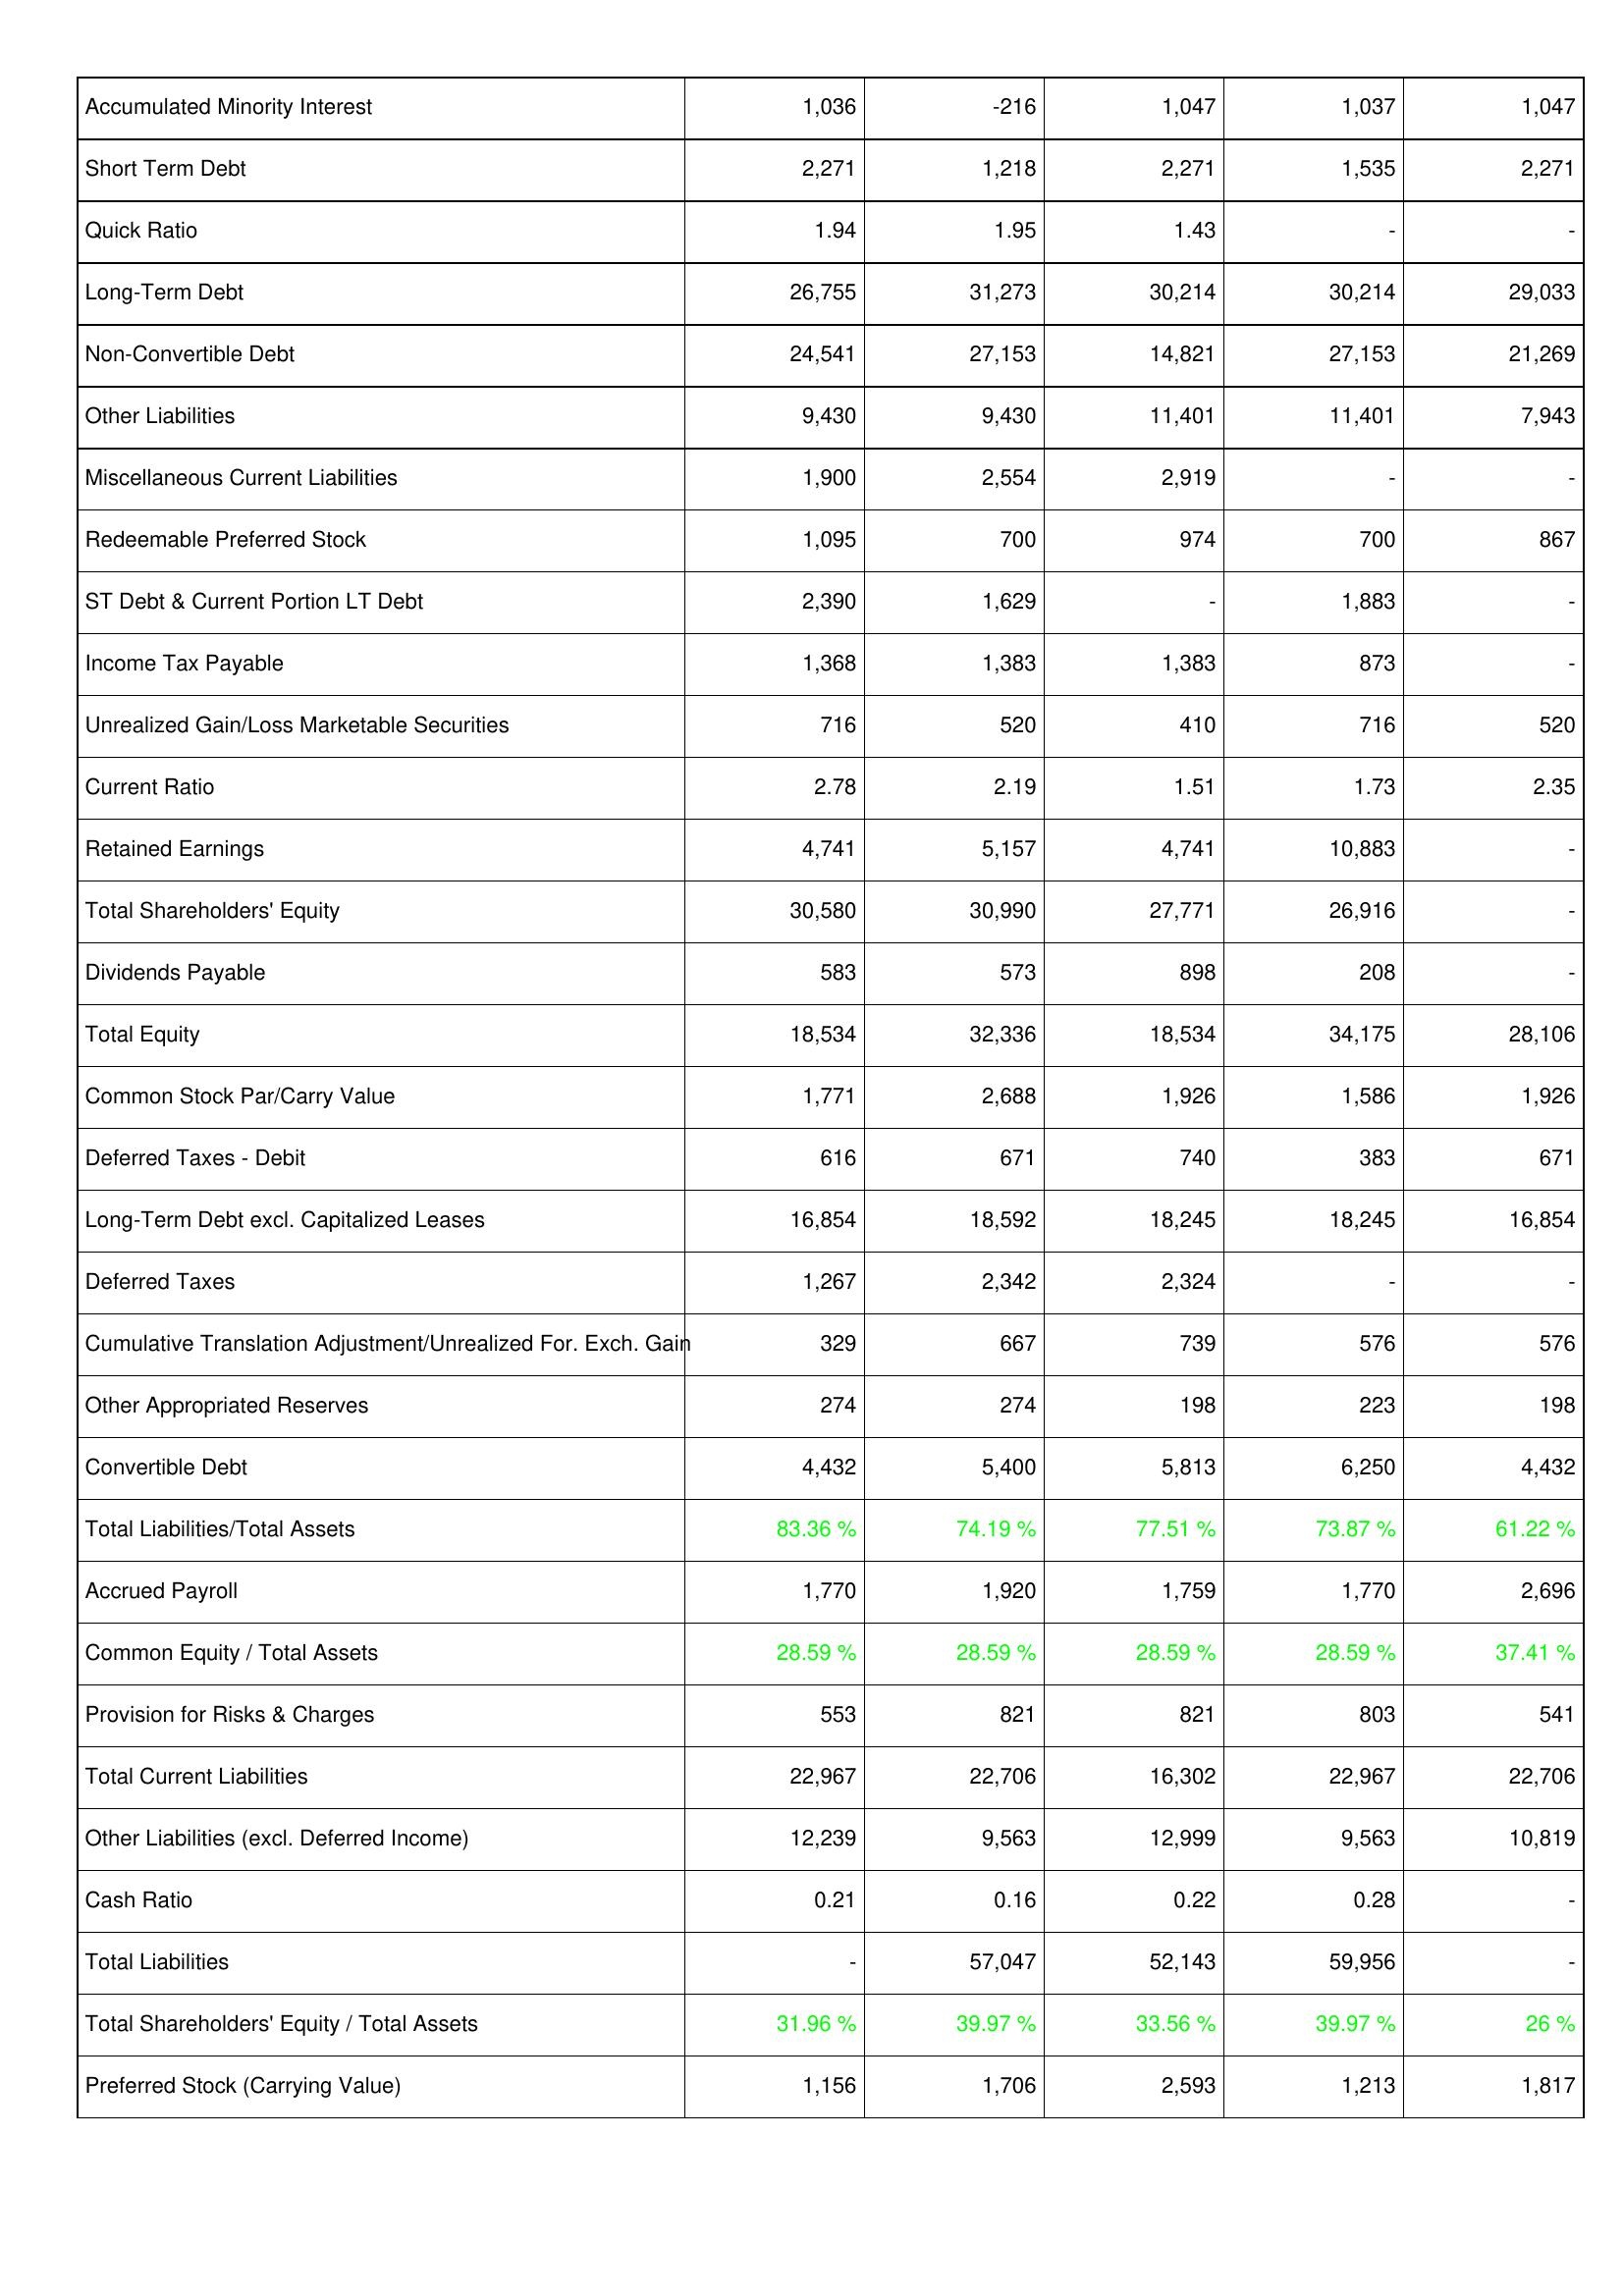
2009: Liabilities & Shareholders' Equity: Accumulated Minority Interest: 1,036
Short Term Debt: 2,271
Quick Ratio: 1.94
Long-Term Debt: 26,755
Non-Convertible Debt: 24,541
Other Liabilities: 9,430
Miscellaneous Current Liabilities: 1,900
Redeemable Preferred Stock: 1,095
ST Debt & Current Portion LT Debt: 2,390
Income Tax Payable: 1,368
Unrealized Gain/Loss Marketable Securities: 716
Current Ratio: 2.78
Retained Earnings: 4,741
Total Shareholders' Equity: 30,580
Dividends Payable: 583
Total Equity: 18,534
Common Stock Par/Carry Value: 1,771
Deferred Taxes - Debit: 616
Long-Term Debt excl. Capitalized Leases: 16,854
Deferred Taxes: 1,267
Cumulative Translation Adjustment/Unrealized For. Exch. Gain: 329
Other Appropriated Reserves: 274
Convertible Debt: 4,432
Total Liabilities/Total Assets: 83.36 %
Accrued Payroll: 1,770
Common Equity / Total Assets: 28.59 %
Provision for Risks & Charges: 553
Total Current Liabilities: 22,967
Other Liabilities (excl. Deferred Income): 12,239
Cash Ratio: 0.21
Total Liabilities: -
Total Shareholders' Equity / Total Assets: 31.96 %
Preferred Stock (Carrying Value): 1,156
2010: Liabilities & Shareholders' Equity: Accumulated Minority Interest: -216
Short Term Debt: 1,218
Quick Ratio: 1.95
Long-Term Debt: 31,273
Non-Convertible Debt: 27,153
Other Liabilities: 9,430
Miscellaneous Current Liabilities: 2,554
Redeemable Preferred Stock: 700
ST Debt & Current Portion LT Debt: 1,629
Income Tax Payable: 1,383
Unrealized Gain/Loss Marketable Securities: 520
Current Ratio: 2.19
Retained Earnings: 5,157
Total Shareholders' Equity: 30,990
Dividends Payable: 573
Total Equity: 32,336
Common Stock Par/Carry Value: 2,688
Deferred Taxes - Debit: 671
Long-Term Debt excl. Capitalized Leases: 18,592
Deferred Taxes: 2,342
Cumulative Translation Adjustment/Unrealized For. Exch. Gain: 667
Other Appropriated Reserves: 274
Convertible Debt: 5,400
Total Liabilities/Total Assets: 74.19 %
Accrued Payroll: 1,920
Common Equity / Total Assets: 28.59 %
Provision for Risks & Charges: 821
Total Current Liabilities: 22,706
Other Liabilities (excl. Deferred Income): 9,563
Cash Ratio: 0.16
Total Liabilities: 57,047
Total Shareholders' Equity / Total Assets: 39.97 %
Preferred Stock (Carrying Value): 1,706
2011: Liabilities & Shareholders' Equity: Accumulated Minority Interest: 1,047
Short Term Debt: 2,271
Quick Ratio: 1.43
Long-Term Debt: 30,214
Non-Convertible Debt: 14,821
Other Liabilities: 11,401
Miscellaneous Current Liabilities: 2,919
Redeemable Preferred Stock: 974
ST Debt & Current Portion LT Debt: -
Income Tax Payable: 1,383
Unrealized Gain/Loss Marketable Securities: 410
Current Ratio: 1.51
Retained Earnings: 4,741
Total Shareholders' Equity: 27,771
Dividends Payable: 898
Total Equity: 18,534
Common Stock Par/Carry Value: 1,926
Deferred Taxes - Debit: 740
Long-Term Debt excl. Capitalized Leases: 18,245
Deferred Taxes: 2,324
Cumulative Translation Adjustment/Unrealized For. Exch. Gain: 739
Other Appropriated Reserves: 198
Convertible Debt: 5,813
Total Liabilities/Total Assets: 77.51 %
Accrued Payroll: 1,759
Common Equity / Total Assets: 28.59 %
Provision for Risks & Charges: 821
Total Current Liabilities: 16,302
Other Liabilities (excl. Deferred Income): 12,999
Cash Ratio: 0.22
Total Liabilities: 52,143
Total Shareholders' Equity / Total Assets: 33.56 %
Preferred Stock (Carrying Value): 2,593
2012: Liabilities & Shareholders' Equity: Accumulated Minority Interest: 1,037
Short Term Debt: 1,535
Quick Ratio: -
Long-Term Debt: 30,214
Non-Convertible Debt: 27,153
Other Liabilities: 11,401
Miscellaneous Current Liabilities: -
Redeemable Preferred Stock: 700
ST Debt & Current Portion LT Debt: 1,883
Income Tax Payable: 873
Unrealized Gain/Loss Marketable Securities: 716
Current Ratio: 1.73
Retained Earnings: 10,883
Total Shareholders' Equity: 26,916
Dividends Payable: 208
Total Equity: 34,175
Common Stock Par/Carry Value: 1,586
Deferred Taxes - Debit: 383
Long-Term Debt excl. Capitalized Leases: 18,245
Deferred Taxes: -
Cumulative Translation Adjustment/Unrealized For. Exch. Gain: 576
Other Appropriated Reserves: 223
Convertible Debt: 6,250
Total Liabilities/Total Assets: 73.87 %
Accrued Payroll: 1,770
Common Equity / Total Assets: 28.59 %
Provision for Risks & Charges: 803
Total Current Liabilities: 22,967
Other Liabilities (excl. Deferred Income): 9,563
Cash Ratio: 0.28
Total Liabilities: 59,956
Total Shareholders' Equity / Total Assets: 39.97 %
Preferred Stock (Carrying Value): 1,213
2013: Liabilities & Shareholders' Equity: Accumulated Minority Interest: 1,047
Short Term Debt: 2,271
Quick Ratio: -
Long-Term Debt: 29,033
Non-Convertible Debt: 21,269
Other Liabilities: 7,943
Miscellaneous Current Liabilities: -
Redeemable Preferred Stock: 867
ST Debt & Current Portion LT Debt: -
Income Tax Payable: -
Unrealized Gain/Loss Marketable Securities: 520
Current Ratio: 2.35
Retained Earnings: -
Total Shareholders' Equity: -
Dividends Payable: -
Total Equity: 28,106
Common Stock Par/Carry Value: 1,926
Deferred Taxes - Debit: 671
Long-Term Debt excl. Capitalized Leases: 16,854
Deferred Taxes: -
Cumulative Translation Adjustment/Unrealized For. Exch. Gain: 576
Other Appropriated Reserves: 198
Convertible Debt: 4,432
Total Liabilities/Total Assets: 61.22 %
Accrued Payroll: 2,696
Common Equity / Total Assets: 37.41 %
Provision for Risks & Charges: 541
Total Current Liabilities: 22,706
Other Liabilities (excl. Deferred Income): 10,819
Cash Ratio: -
Total Liabilities: -
Total Shareholders' Equity / Total Assets: 26 %
Preferred Stock (Carrying Value): 1,817